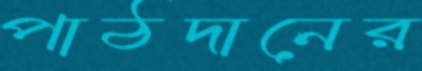
পাঠদানের